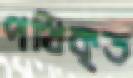
পথিকৃত